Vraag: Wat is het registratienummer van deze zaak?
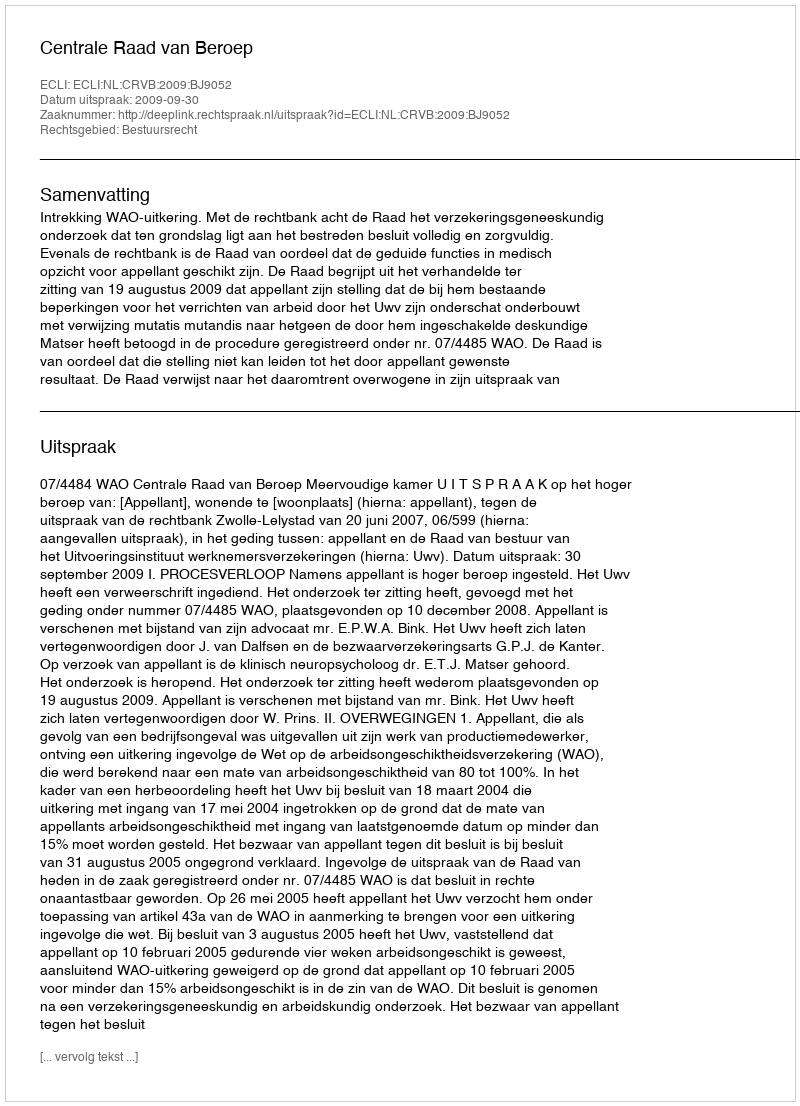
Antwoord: http://deeplink.rechtspraak.nl/uitspraak?id=ECLI:NL:CRVB:2009:BJ9052